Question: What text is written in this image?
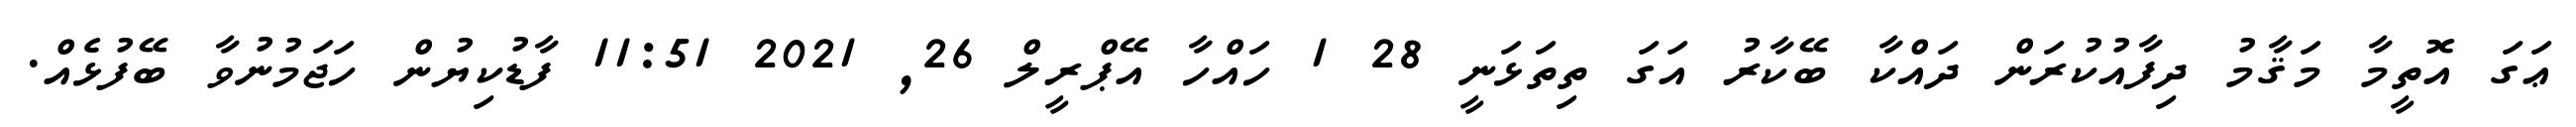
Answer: ޢަގަ އޮތީމާ މަޤާމު ދިފާއުކުރަން ދައްކާ ބޭކާރު އަގަ ތިތަޅަނީ 28 1 ހައްހާ އޭޕްރީލް 26, 2021 11:51 ފާޑުކިޔުން ހަޖަމުނުވާ ބޭފުޅެއް.